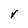
Character: v